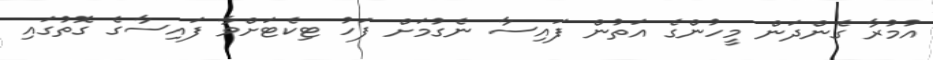
އުމުރާ ގެންދަން މީހުންގެ އަތުން ފައިސާ ނެގުމަށް ފަހު ޓިކެޓަށްވާ ފައިސާގެ ގޮތުގައި